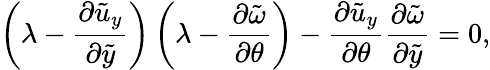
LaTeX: \left(\lambda-\frac{\partial\tilde{u}_{y}}{\partial\tilde{y}}\right)\left(\lambda-\frac{\partial\tilde{\omega}}{\partial\theta}\right)-\frac{\partial\tilde{u}_{y}}{\partial\theta}\frac{\partial\tilde{\omega}}{\partial\tilde{y}}=0,